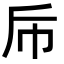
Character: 𭘑